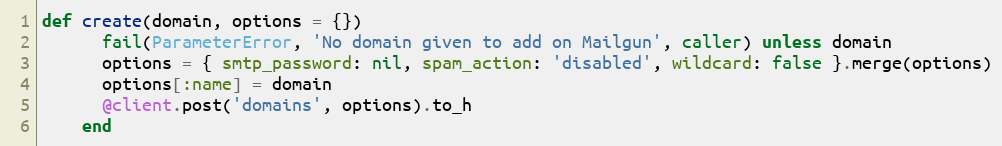
Language: Ruby
def create(domain, options = {})
      fail(ParameterError, 'No domain given to add on Mailgun', caller) unless domain
      options = { smtp_password: nil, spam_action: 'disabled', wildcard: false }.merge(options)
      options[:name] = domain
      @client.post('domains', options).to_h
    end